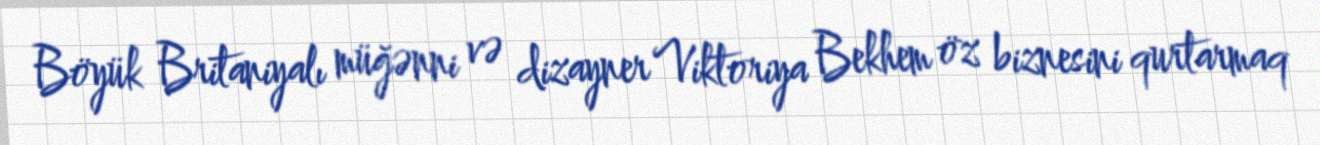
Böyük Britaniyalı müğənni və dizayner Viktoriya Bekhem öz biznesini qurtarmaq